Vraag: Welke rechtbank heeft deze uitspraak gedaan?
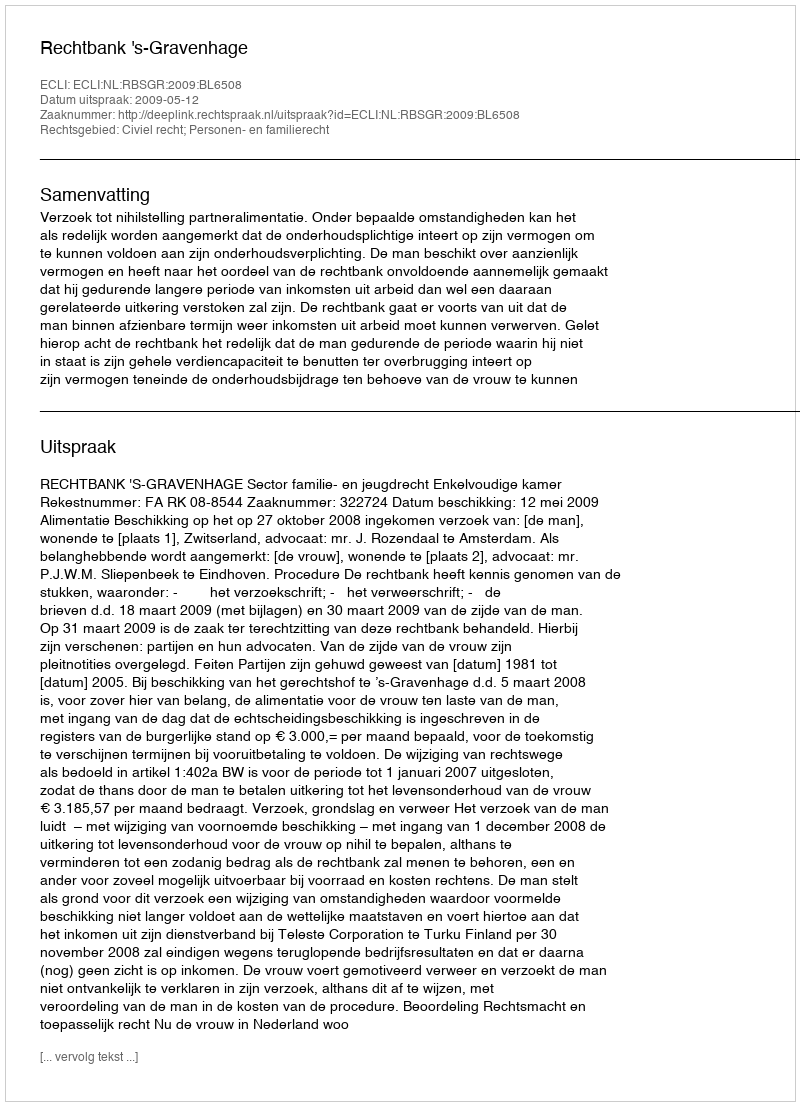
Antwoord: Rechtbank 's-Gravenhage